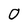
Character: 0